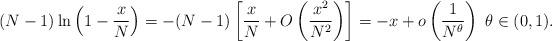
LaTeX: \begin{align*}(N-1) \ln\left(1 - \frac{x}{N}\right) = -(N-1) \left[\frac{x}{N} + O\left(\frac{x^2}{N^2}\right)\right]= -x + o\left(\frac{1}{N^{\theta}}\right)\;\theta \in (0, 1).\end{align*}